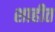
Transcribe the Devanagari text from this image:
शाहीत